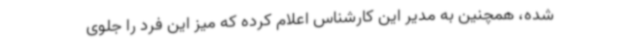
شده، همچنین به مدیر این کارشناس اعلام کرده که میز این فرد را جلوی